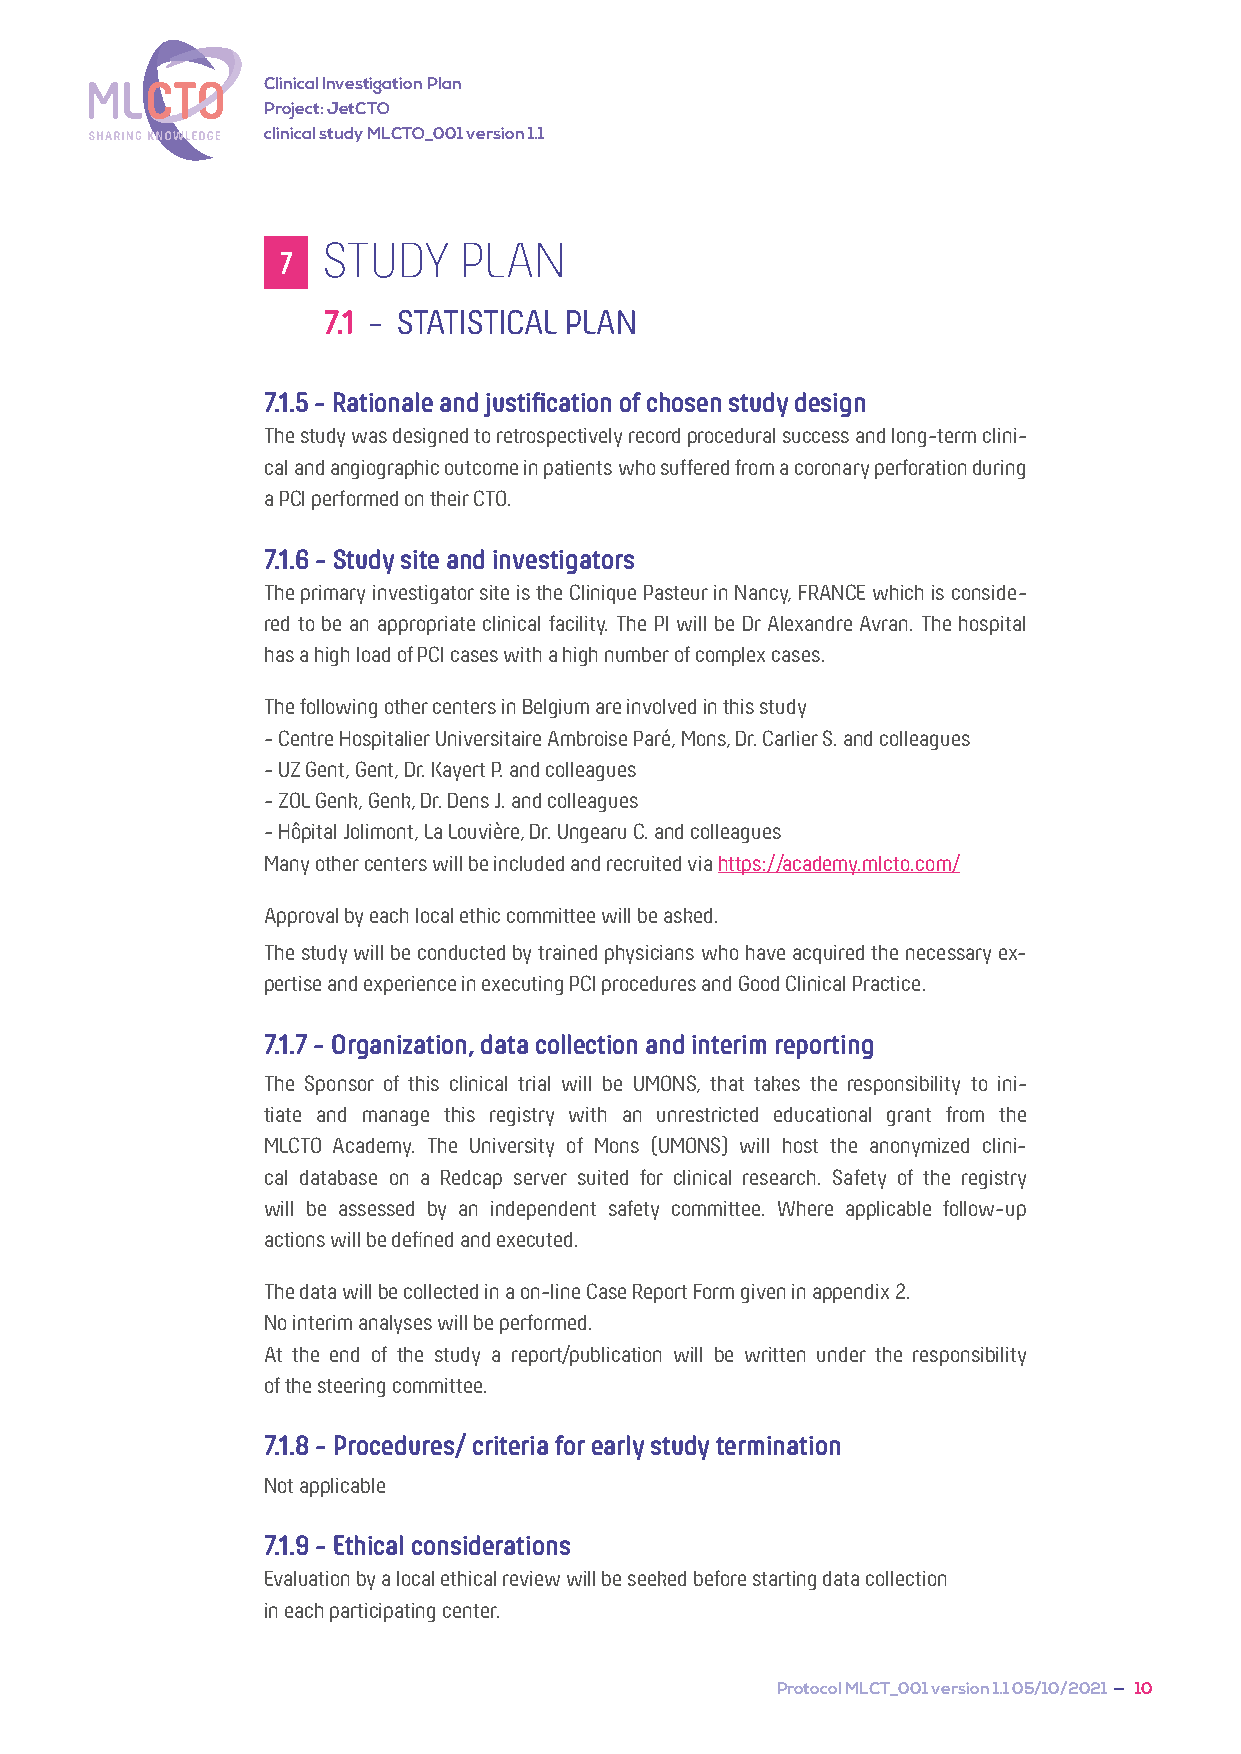
Clinical Investigation Plan
 Project: JetCTO
 clinical study MLCTO_001 version 1.1
 STUDY    PLAN
 7
 7.1 - STATISTICAL PLAN
 7.1.5 - Rationale and justification of chosen study design
 The study was designed to retrospectively record procedural success and long-term clini-
 cal and angiographic outcome in patients who suffered from a coronary perforation during
 a PCI performed on their CTO.
 7.1.6 - Study site and investigators
 The primary investigator site is the Clinique Pasteur in Nancy, FRANCE which is conside-
 red to be an appropriate clinical facility. The PI will be Dr Alexandre Avran. The hospital
 has a high load of PCI cases with a high number of complex cases.
 The following other centers in Belgium are involved in this study
 - Centre Hospitalier Universitaire Ambroise Paré, Mons, Dr. Carlier S. and colleagues
 - UZ Gent, Gent, Dr. Kayert P. and colleagues
 - ZOL Genk, Genk, Dr. Dens J. and colleagues
 - Hôpital Jolimont, La Louvière, Dr. Ungearu C. and colleagues
 Many other centers will be included and recruited via https://academy.mlcto.com/
 Approval by each local ethic committee will be asked.
 The study will be conducted by trained physicians who have acquired the necessary ex-
 pertise and experience in executing PCI procedures and Good Clinical Practice.
 7.1.7 - Organization, data collection and interim reporting
 The Sponsor of this clinical trial will be UMONS, that takes the responsibility to ini-
 tiate and manage this registry with an unrestricted educational grant from the
 MLCTO Academy. The University of Mons (UMONS) will host the anonymized clini-
 cal database on a Redcap server suited for clinical research. Safety of the registry
 will be assessed by an independent safety committee. Where applicable follow-up
 actions will be defined and executed.
 The data will be collected in a on-line Case Report Form given in appendix 2.
 No interim analyses will be performed.
 At the end of the study a report/publication will be written under the responsibility
 of the steering committee.
 7.1.8 - Procedures/ criteria for early study termination
 Not applicable
 7.1.9 - Ethical considerations
 Evaluation by a local ethical review will be seeked before starting data collection
 in each participating center.
 Protocol MLCT_001 version 1.1 05/10/2021 — 10